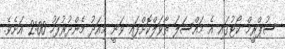
ސުޕްރީމް ކޯޓުގައި އެ މައްސަލަ ތާވަލްކޮށްފައި ވަނީ މިއަދު މެންދުރުފަހު 2:00 އަށެވެ.